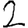
Digit: 2